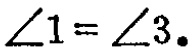
$\angle 1 = \angle 3.$